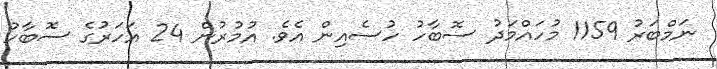
ނަމްބަރު 1159 މުހައްމަދު ސޮބާހު ހުސެއިން އެވެ. އުމުރުން 24 އަހަރުގެ ސޮބާހު